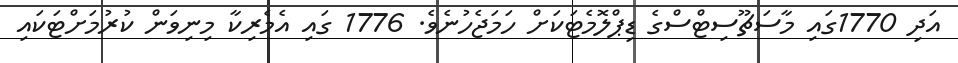
އަދި 1770ގައި މާސަޗޫސިޓްސްގެ ޑިޕްލޮމެޓަކަށް ހަމަޖެހުނެވެ. 1776 ގައި އެމެރިކާ މިނިވަން ކުރުމަށްޓަކައި